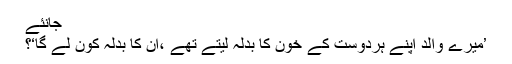
جانئے
’میرے والد اپنے ہردوست کے خون کا بدلہ لیتے تھے ،ان کا بدلہ کون لے گا‘؟